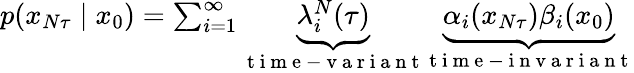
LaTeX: \begin{array}{r}{p(x_{N\tau}\mid x_{0})=\sum_{i=1}^{\infty}\underbrace{\lambda_{i}^{N}(\tau)}_{\mathrm{~t~i~m~e~-~v~a~r~i~a~n~t~}}\underbrace{\alpha_{i}(x_{N\tau})\beta_{i}(x_{0})}_{\mathrm{~t~i~m~e~-~i~n~v~a~r~i~a~n~t~}}}\end{array}